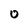
Character: 0